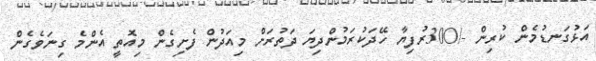
އަޅުގަނޑުމެން ކުރިން -/300ރުފިޔާ ހޭދަކުރަމުންދިޔަ ދަތުރަށް މިއަދުން ފެށިގެން މިއޮތީ އެންމެ ގިނަވެގެން